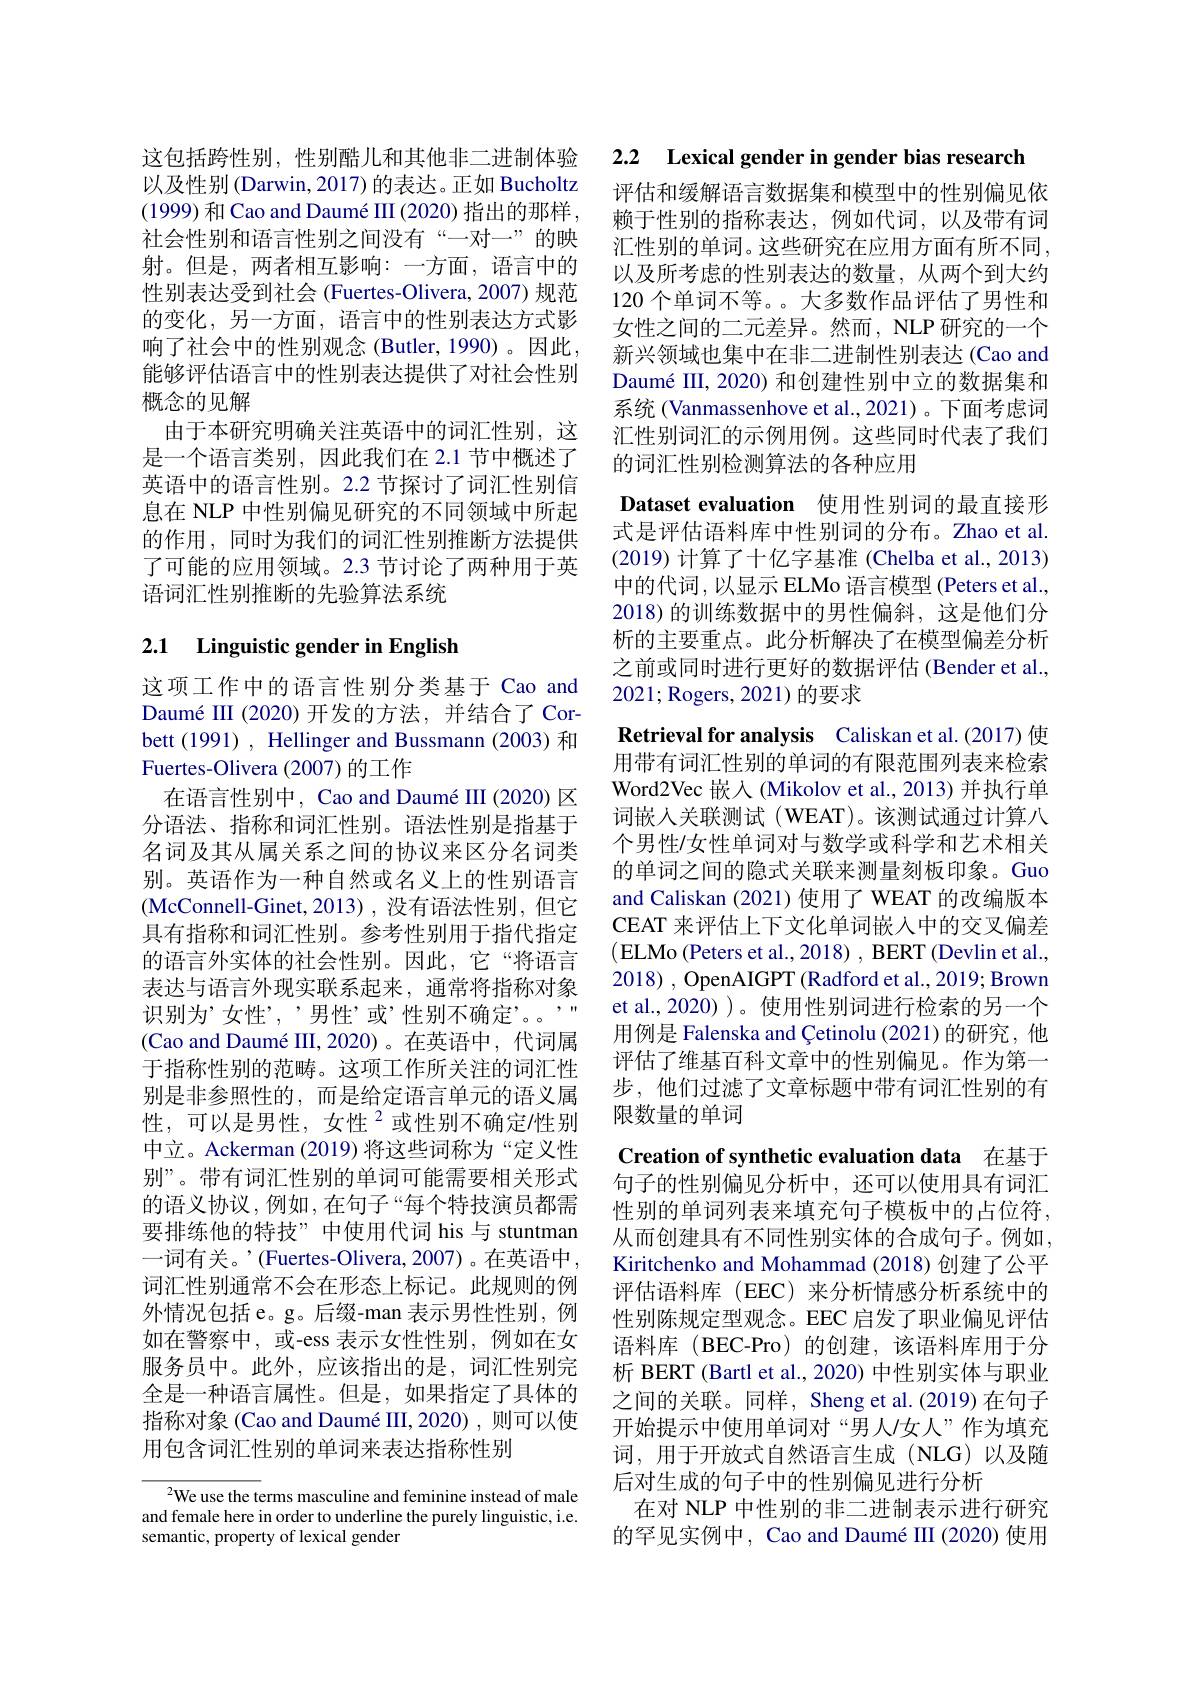
这包括跨性别，性别酷儿和其他非二进制体验以及性别 (Darwin, 2017) 的表达。正如 Bucholtz (1999)和 Cao and Daumé II (2020) 指出的那样， 社会性别和语言性别之间没有“一对一”的映射。但是，两者相互影响：一方面，语言中的性别表达受到社会 (Fuertes-Olivera, 2007) 规范的变化，另一方面，语言中的性别表达方式影响了社会中的性别观念(Butler,1990)。因此， 能够评估语言中的性别表达提供了对社会性别概念的见解
由于本研究明确关注英语中的词汇性别，这是一个语言类别，因此我们在 2.1 节中概述了英语中的语言性别。2.2 节探讨了词汇性别信息在 NLP 中性别偏见研究的不同领域中所起的作用，同时为我们的词汇性别推断方法提供了可能的应用领域。2.3 节讨论了两种用于英语词汇性别推断的先验算法系统

## 2.1 Linguistic gender in English

这项工作中的语言性别分类基于 Cao and Daumé III (2020)开发的方法，并结合了 Corbett (1991), Hellinger and Bussmann (2003)和Fuertes-Olivera (2007) 的工作
在语言性别中，Cao and Daumé III (2020) 区分语法、指称和词汇性别。语法性别是指基于名词及其从属关系之间的协议来区分名词类别。英语作为一种自然或名义上的性别语言(McConnell-Ginet,2013),没有语法性别，但它具有指称和词汇性别。参考性别用于指代指定的语言外实体的社会性别。因此，它“将语言表达与语言外现实联系起来，通常将指称对象识别为’女性’,’男性’或’性别不确定”。” (Cao and Daumé III, 2020)。在英语中，代词属于指称性别的范畴。这项工作所关注的词汇性别是非参照性的，而是给定语言单元的语义属性，可以是男性，女性$^{2}$或性别不确定/性别中立。Ackerman (2019) 将这些词称为“定义性别”。带有词汇性别的单词可能需要相关形式的语义协议，例如，在句子“每个特技演员都需要排练他的特技”中使用代词 his 与 stuntman 一词有关。’(Fuertes-Olivera,2007)。在英语中， 词汇性别通常不会在形态上标记。此规则的例外情况包括 e。g。后缀-man 表示男性性别，例如在警察中，或-ess 表示女性性别，例如在女服务员中。此外，应该指出的是，词汇性别完全是一种语言属性。但是，如果指定了具体的指称对象 (Cao and Daumé III,2020) ,则可以使用包含词汇性别的单词来表达指称性别

$^{2}$We use the terms masculine and feminine instead of male and female here in order to underline the purely linguistic, i.e. semantic, property of lexical gender

2.2 Lexical gender in gender bias research

评估和缓解语言数据集和模型中的性别偏见依赖于性别的指称表达，例如代词，以及带有词汇性别的单词。这些研究在应用方面有所不同， 以及所考虑的性别表达的数量，从两个到大约120 个单词不等。。大多数作品评估了男性和女性之间的二元差异。然而，NLP 研究的一个新兴领域也集中在非二进制性别表达(Cao and Daumé III, 2020) 和创建性别中立的数据集和系统 (Vanmassenhove et al.,2021)。下面考虑词汇性别词汇的示例用例。这些同时代表了我们的词汇性别检测算法的各种应用

Dataset evaluation 使用性别词的最直接形

式是评估语料库中性别词的分布。Zhao et al. (2019)计算了十亿字基准 (Chelba et al., 2013) 中的代词，以显示 ELMo 语言模型 (Peters et al., 2018)的训练数据中的男性偏斜，这是他们分析的主要重点。此分析解决了在模型偏差分析之前或同时进行更好的数据评估 (Bender et al., 2021; Rogers, 2021) 的要求
Retrieval for analysis Caliskan et al.(2017) 使用带有词汇性别的单词的有限范围列表来检索Word2Vec 嵌入(Mikolov et al., 2013) 并执行单词嵌人关联测试(WEAT)。该测试通过计算八个男性/女性单词对与数学或科学和艺术相关的单词之间的隐式关联来测量刻板印象。Guo and Caliskan (2021)使用了 WEAT 的改编版本CEAT 来评估上下文化单词嵌入中的交叉偏差(ELMo (Peters et al., 2018) , BERT (Devlin et al., 2018), OpenAIGPT (Radford et al., 2019; Brown et al.,2020) )。使用性别词进行检索的另一个用例是 Falenska and Çetinolu (2021)的研究，他评估了维基百科文章中的性别偏见。作为第一步，他们过滤了文章标题中带有词汇性别的有限数量的单词
Creation of synthetic evaluation data 在基于句子的性别偏见分析中，还可以使用具有词汇

性别的单词列表来填充句子模板中的占位符， 从而创建具有不同性别实体的合成句子。例如， Kiritchenko and Mohammad (2018) 创建了公平评估语料库(EEC)来分析情感分析系统中的性别陈规定型观念。EEC 启发了职业偏见评估语料库 (BEC-Pro) 的创建，该语料库用于分析 BERT (Bartl et al., 2020) 中性别实体与职业之间的关联。同样，Sheng et al.(2019) 在句子开始提示中使用单词对“男人/女人”作为填充词，用于开放式自然语言生成(NLG)以及随后对生成的句子中的性别偏见进行分析
在对 NLP 中性别的非二进制表示进行研究的罕见实例中，Cao and Daumé III (2020) 使用